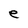
Character: e